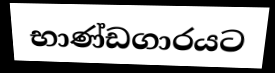
භාණ්ඩගාරයට